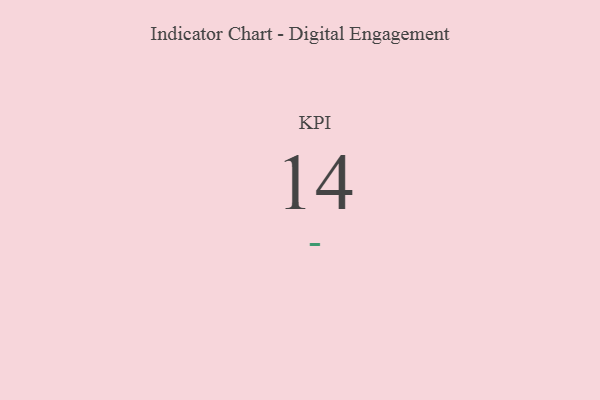
{"axis": {"x": "KPI", "y": "Value"}, "legend": [""], "data": [{"x": "KPI", "y": 14, "type": ""}]}